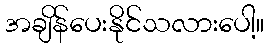
အချိန်ပေးနိုင်သလားပေါ့။